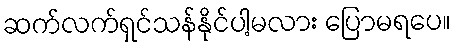
ဆက်လက်ရှင်သန်နိုင်ပါ့မလား ပြောမရပေ။